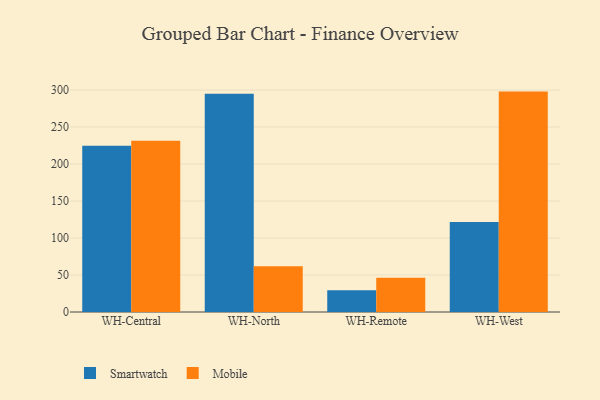
{"axis": {"x": "Warehouse", "y": "Bounce Rate (%)"}, "legend": ["Mobile", "Smartwatch"], "data": [{"x": "WH-Central", "y": 224.7, "type": "Smartwatch"}, {"x": "WH-Central", "y": 231.3, "type": "Mobile"}, {"x": "WH-North", "y": 294.9, "type": "Smartwatch"}, {"x": "WH-North", "y": 61.9, "type": "Mobile"}, {"x": "WH-Remote", "y": 29.3, "type": "Smartwatch"}, {"x": "WH-Remote", "y": 46.2, "type": "Mobile"}, {"x": "WH-West", "y": 121.5, "type": "Smartwatch"}, {"x": "WH-West", "y": 297.9, "type": "Mobile"}]}